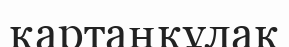
қартаңқұлақ